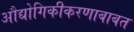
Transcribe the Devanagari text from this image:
औद्योगिकीकरणाबाबत